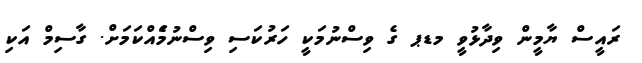
ރައީސް ޔާމީން ވިދާޅުވީ މޑޕ ގެ ވިސްނުމަކީ ހަރުކަސި ވިސްނުމަެއްކަމަށް. ގާސިމް އަކި